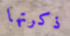
ذكرتها